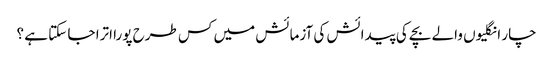
چار انگلیوں والے بچے کی پیدائش کی آزمائش میں کس طرح پورا اترا جا سکتا ہے ؟